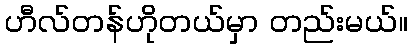
ဟီလ်တန်ဟိုတယ်မှာ တည်းမယ်။